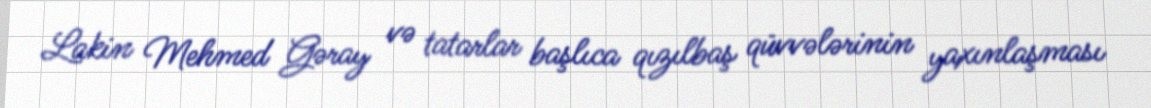
Lakin Mehmed Gəray və tatarlar başlıca qızılbaş qüvvələrinin yaxınlaşması